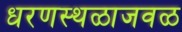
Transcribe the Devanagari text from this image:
धरणस्थळाजवळ